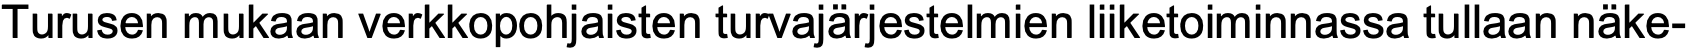
Turusen mukaan verkkopohjaisten turvajärjestelmien liiketoiminnassa tullaan näke-